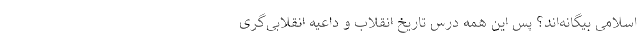
اسلامی بیگانه‌اند؟ پس این همه درس تاریخ انقلاب و داعیه انقلابی‌گری